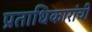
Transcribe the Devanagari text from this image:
प्रताधिकारांची